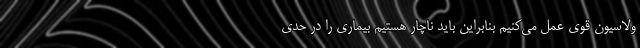
ولاسیون قوی عمل می‌کنیم بنابراین باید ناچار هستیم بیماری را در حدی